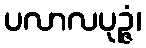
ပလာလပုဉ္ဇံ၊